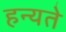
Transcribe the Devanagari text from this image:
हन्यते